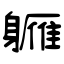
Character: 軅